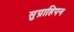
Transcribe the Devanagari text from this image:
सुग्राहिपन